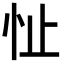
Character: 𪫣